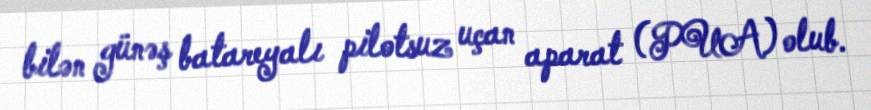
bilən günəş batareyalı pilotsuz uçan aparat (PUA) olub.